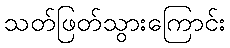
သတ်ဖြတ်သွားကြောင်း